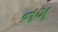
નગ